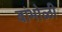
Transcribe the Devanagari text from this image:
बांभोळी